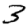
Digit: 3